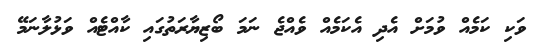
ވަކި ކަމެއް ވުމަށް އެދި އެކަމެއް ވެއްޖެ ނަމަ ބޯޒިޔާރަތުގައި ކާއްޓެއް ވަޅުލާނަމޭ